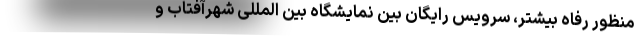
منظور رفاه بیشتر، سرویس رایگان بین نمایشگاه بین المللی شهرآفتاب و